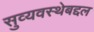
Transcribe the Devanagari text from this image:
सुव्यवस्थेबद्दल